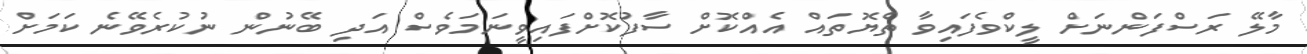
މާލޭ ރަސްފަންނަށް ލީކްވެފައިވާ ތެޔޮތައް އެއްކޮށް ސާފުކޮށްފައިވީނަމަވެސް އަދި ބޭނުން ނުކުރެވޭނެ ކަމަށް